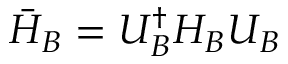
\bar { H } _ { B } = U _ { B } ^ { \dagger } H _ { B } U _ { B }